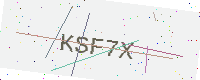
Text: KSF7X